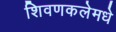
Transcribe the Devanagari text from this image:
शिवणकलेमधे